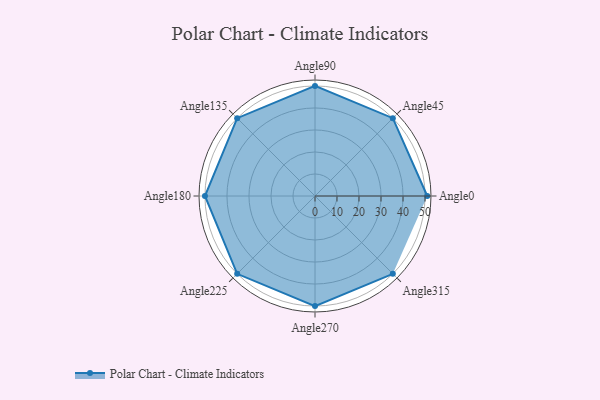
{"axis": {"x": "Angle", "y": "Radius"}, "legend": [""], "data": [{"x": "Angle0", "y": 51.0, "type": ""}, {"x": "Angle45", "y": 50, "type": ""}, {"x": "Angle90", "y": 50, "type": ""}, {"x": "Angle135", "y": 50, "type": ""}, {"x": "Angle180", "y": 50, "type": ""}, {"x": "Angle225", "y": 50, "type": ""}, {"x": "Angle270", "y": 50, "type": ""}, {"x": "Angle315", "y": 50, "type": ""}]}